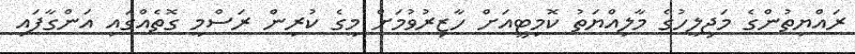
ރައްޔިތުންގެ މަޖިލީހުގެ މާލިއްޔަތު ކޮމިޓީއަށް ހާޒިރުވުމަށް މީގެ ކުރިން ރަސްމީ ގޮތެއްގައި އަންގާފައި